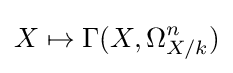
X\mapsto \Gamma (X,\Omega _{X/k}^{n})